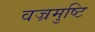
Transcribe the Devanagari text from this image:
वज्रमुष्टि